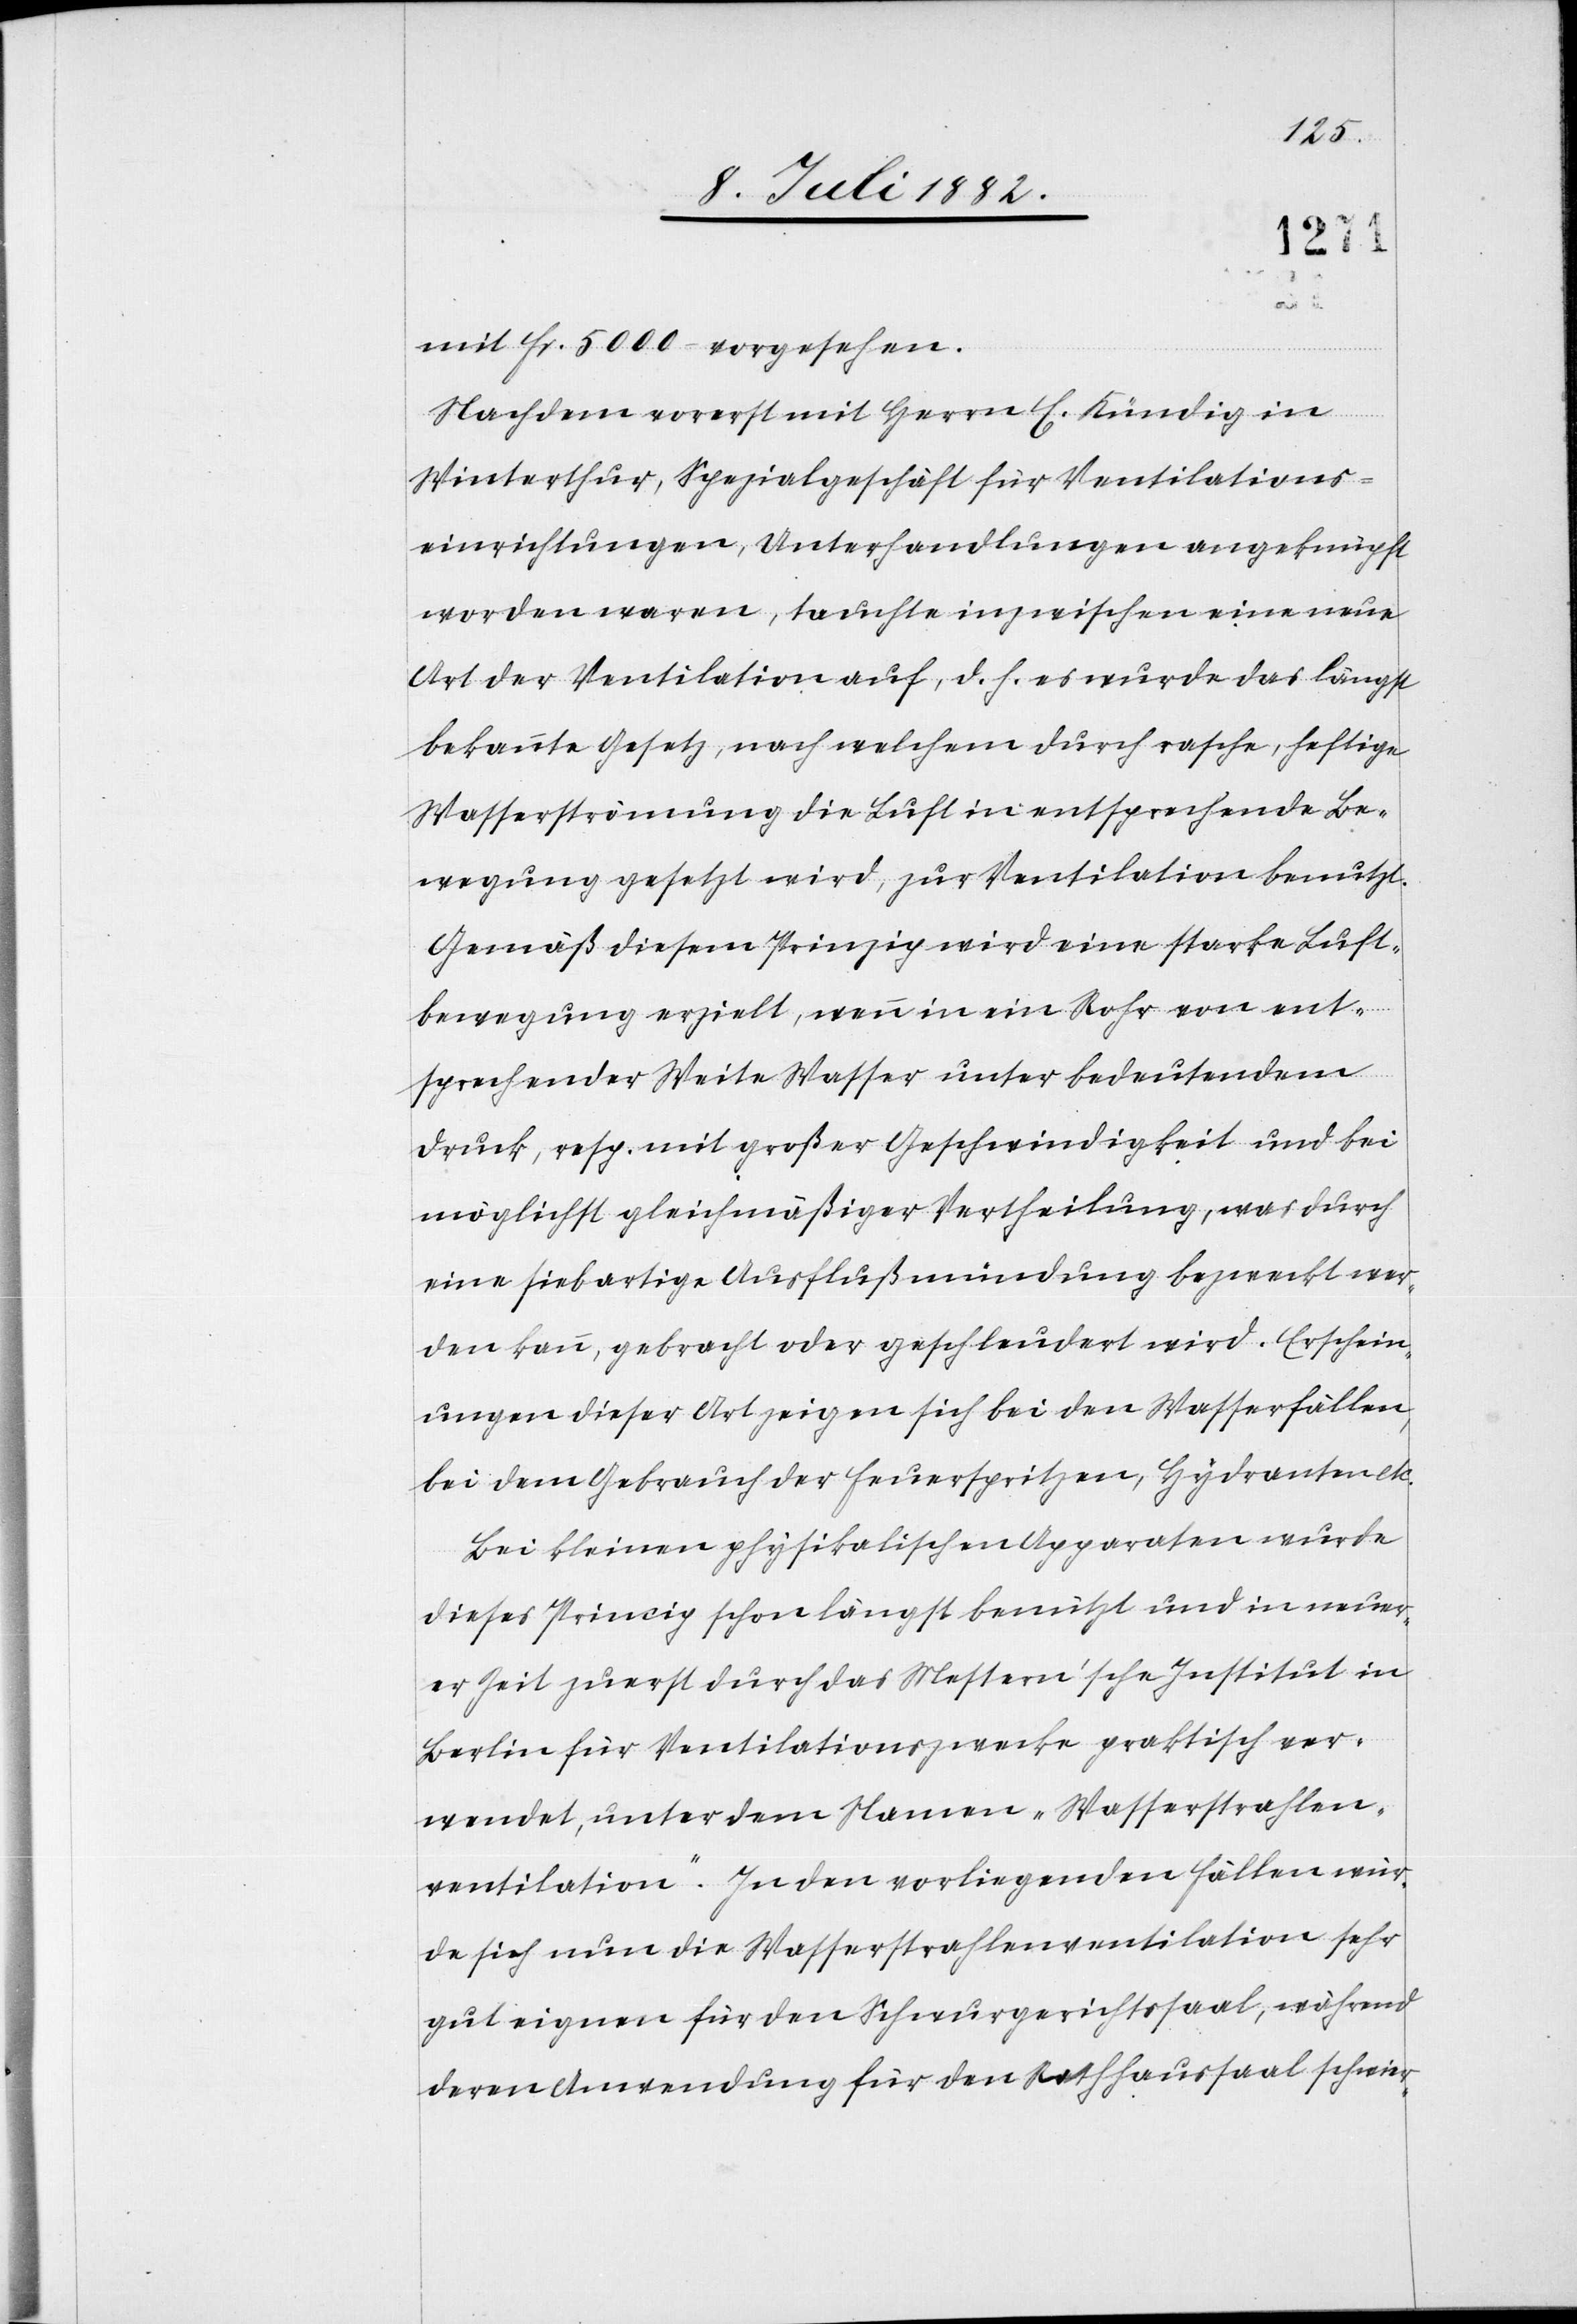
mit Fr. 5000 vorgesehen.
Nachdem vorerst mit Herrn E. Kündig in
Winterthur, Spezialgeschäft für Ventilations¬
einrichtungen, Unterhandlungen angeknüpft
worden waren, tauchte inzwischen eine neue
Art der Ventilation auf, d. h. es wurde das längst
bekannte Gesetz, nach welchem durch rasche, heftige
Wasserströmung die Luft in entsprechende Be¬
wegung gesetzt wird, zur Ventilation benutzt.
Gemäß diesem Prinzip wird eine starke Luft¬
bewegung erzielt, wenn in ein Rohr von ent¬
sprechender Weite Wasser unter bedeutendem
Druck, resp. mit großer Geschwindigkeit und bei
möglichst gleichmäßiger Vertheilung, was durch
eine siebartige Ausflußmündung bezweckt wer¬
den kann, gebracht oder geschleudert wird. Erschein¬
ungen dieser Art zeigen sich bei den Wasserfällen,
bei dem Gebrauch der Feuerspritzen, Hydranten etc.
Bei kleinen physikalischen Apparaten wurde
dieses Prinzip schon längst benützt und in neuer¬
er Zeit zuerst durch das Mestern’sche Institut in
Berlin für Ventilationszwecke praktisch ver¬
wendet, unter dem Namen „Wasserstrahlen¬
ventilation“. In den vorliegenden Fällen wür¬
de sich nun die Wasserstrahlenventilation sehr
gut eignen für den Schwurgerichtssaal, während
deren Anwendung für den Rathhaussaal schwier-